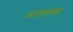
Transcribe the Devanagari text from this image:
भासासारख्या